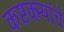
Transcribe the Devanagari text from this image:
कष्टकर्‍यांचे